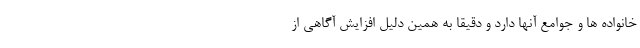
خانواده ها و جوامع آنها دارد و دقیقاً به همین دلیل افزایش آگاهی از